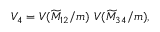
V _ { 4 } = V ( \widetilde M _ { 1 2 } / m ) ~ V ( \widetilde M _ { 3 4 } / m ) ,